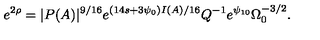
e ^ { 2 \rho } = | P ( A ) | ^ { 9 / 1 6 } e ^ { ( 1 4 s + 3 \psi _ { 0 } ) I ( A ) / 1 6 } Q ^ { - 1 } e ^ { \psi _ { 1 0 } } \Omega _ { 0 } ^ { - 3 / 2 } .